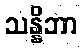
သန္နိဘာ